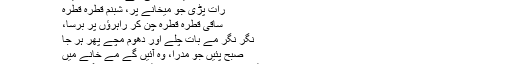
شاہ لطیف موکھی سے محو گفتگو ہیں؛
رات پڑی جو میخانے پر، شبنم قطرہ قطرہ
ساقی قطرہ قطرہ چن کر راہرؤں پر برسا،
نگر نگر مے بات چلے اور دھوم مچے پھر ہر جا
صبح پئیں جو مدرا، وہ آئیں گے مے خانے میں
اچانک موکھی کو یاد آیا کے ایک پرانی مے کا مٹکا پڑا ہے جس کے اوپر مٹی کے تہہ جم گئی ہے۔